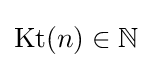
\operatorname {Kt} (n)\in \mathbb {N}